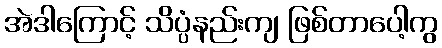
အဲဒါကြောင့် သိပ္ပံနည်းကျ ဖြစ်တာပေါ့ကွ